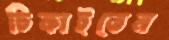
ঢিকাইতেন